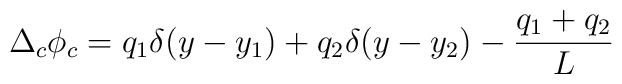
\Delta_c \phi_c = q_1 \delta(y - y_1) + q_2 \delta(y - y_2) -\frac{q_1 + q_2}{L}